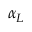
\alpha _ { L }